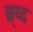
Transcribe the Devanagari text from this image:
ब्र्य्द